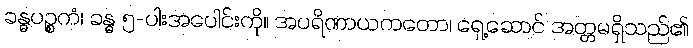
ခန္ဓပဉ္စကံ၊ ခန္ဓ ၅-ပါးအပေါင်းကို။ အပရိဏာယကတော၊ ရှေ့ဆောင် အတ္တမရှိသည်၏